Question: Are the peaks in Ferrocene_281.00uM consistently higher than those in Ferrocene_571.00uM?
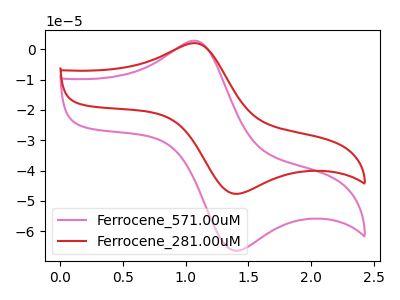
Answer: <think>The pink curve "Ferrocene_571.00uM" has an anodic peak at (1.10V, 2.75uA) and a cathodic peak at (1.40V, -66.45uA). The red curve "Ferrocene_281.00uM" has an anodic peak at (1.10V, 2.00uA) and a cathodic peak at (1.40V, -47.70uA).</think>
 <answer>Every peak in "Ferrocene_281.00uM" is lower than every peak in "Ferrocene_571.00uM".</answer>
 <eval>lower</eval>